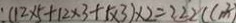
: ( 1 2 \times 5 + 1 2 \times 3 + 5 \times 3 ) \times 2 = 2 2 2 ( c m ^ { 2 } )